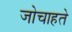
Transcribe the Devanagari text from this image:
जोचाहते